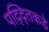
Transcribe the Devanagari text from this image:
पद्द्तिकडे